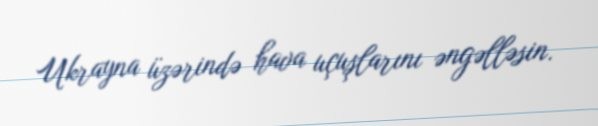
Ukrayna üzərində hava uçuşlarını əngəlləsin.